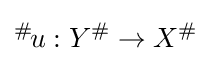
{}^{\#\!}u:Y^{\#}\to X^{\#}